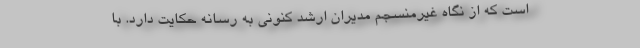
است که از نگاه غیرمنسجم مدیران ارشد کنونی به رسانه حکایت دارد. با